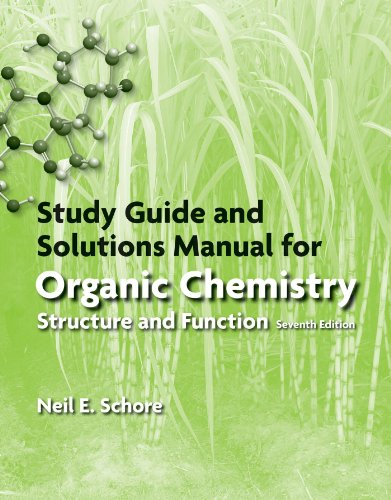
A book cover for Study Guide/Solutions Manual for Organic Chemistry; Peter Vollhardt; Science & Math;